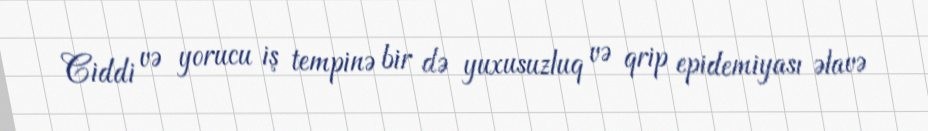
Ciddi və yorucu iş tempinə bir də yuxusuzluq və qrip epidemiyası əlavə